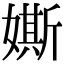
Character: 𡡒